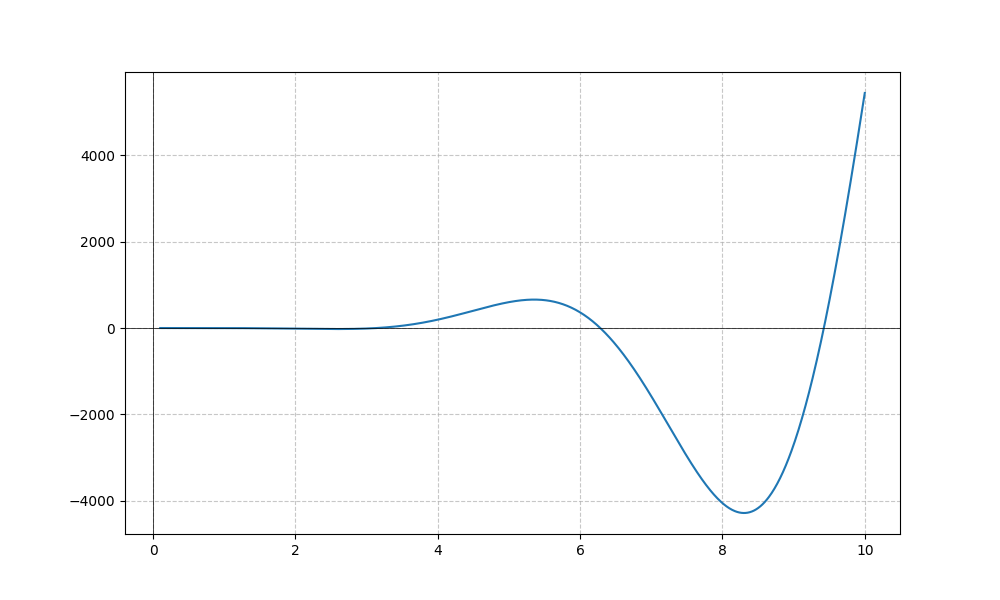
LaTeX formula: - x^{4} \sin{\left(x \right)}